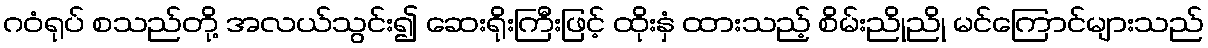
ဂဝံရုပ် စသည်တို့ အလယ်သွင်း၍ ဆေးရိုးကြီးဖြင့် ထိုးနှံ ထားသည့် စိမ်းညိုညို မင်ကြောင်များသည်